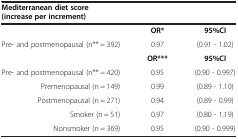
| Mediterranean diet score (increase per increment) |  |  |
 | --- | --- | --- |
 |  | OR* | 95%CI |
 | Pre- and postmenopausal (n** = 392) | 0.97 | (0.91 - 1.02) |
 |  | OR*** | 95%CI |
 | Pre- and postmenopausal (n** = 420) | 0.95 | (0.90 - 0.997) |
 | Premenopausal (n = 149) | 0.99 | (0.89 - 1.10) |
 | Postmenopausal (n = 271) | 0.94 | (0.89 - 0.99) |
 | Smoker (n = 51) | 0.97 | (0.80 - 1.19) |
 | Nonsmoker (n = 369) | 0.95 | (0.90 - 0.999) |